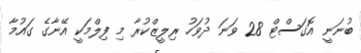
ބުނަނީ އޮގަސްޓް 28 ވަނަ ދުވަހު ރިލީޒްކުރާ މި ފިލްމަކީ އޭނާގެ ގައުމާ